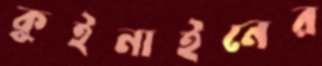
কুইনাইনের